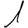
Digit: 1